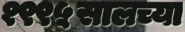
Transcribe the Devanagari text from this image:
१९९५सालच्या